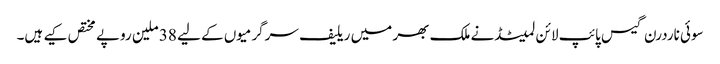
سوئی ناردرن گیس پائپ لائن لمیٹڈنے ملک بھر میں ریلیف سرگرمیوں کے لیے 38 ملین روپے مختص کیے ہیں۔